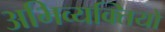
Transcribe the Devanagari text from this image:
अभिव्यक्‍तियों